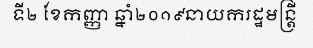
ទី២ ខែកញ្ញា ឆ្នាំ២០១៩នាយករដ្ឋមន្ត្រី